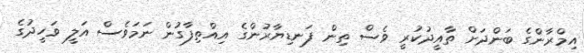
އިމްރާންގެ ބަންދަށް ތާއީދުކުރީ ވެސް ތިން ފަނޑިޔާރުންގެ އިއްތިފާގުން ނަމަވެސް އަލީ ވަހީދުގެ